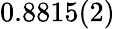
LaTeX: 0.8815(2)